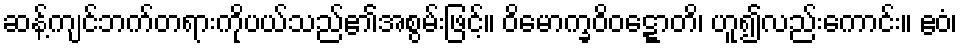
ဆန့်ကျင်ဘက်တရားကိုပယ်သည်၏အစွမ်းဖြင့်။ ဝိမောက္ခဝိဝဋ္ဋောတိ၊ ဟူ၍လည်းကောင်း။ ဧဝံ၊